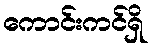
ကောင်းကင်ရှိ